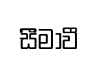
සීිමාවී